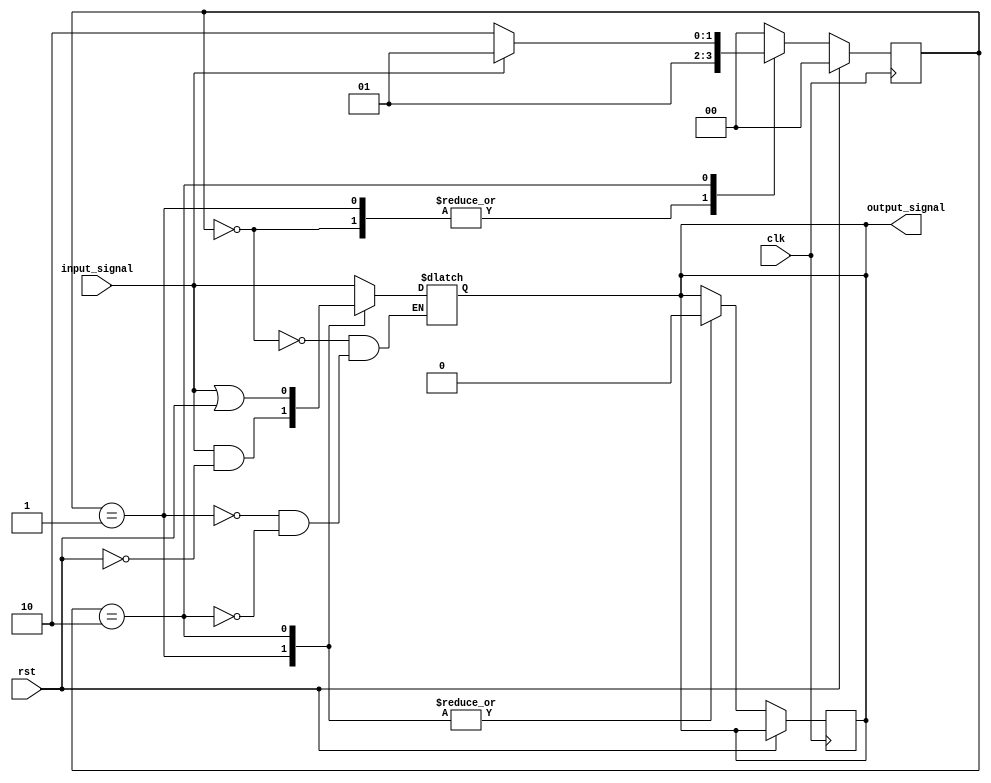
module MealyStateMachine (
  input clk,
  input rst,
  input input_signal,
  output reg output_signal
);

// Define states
parameter S0 = 2'b00;
parameter S1 = 2'b01;
parameter S2 = 2'b10;

// Define state register and next state
reg [1:0] state, next_state;

// Define output logic
always @ (state, input_signal)
begin
  case (state)
    S0: begin
      output_signal = input_signal;  // Output is determined by input signal
      next_state = S1;  // Transition to next state
    end
    S1: begin
      output_signal = input_signal & ~rst;  // Output is determined by input signal and reset
      next_state = S2;  // Transition to next state
    end
    S2: begin
      output_signal = input_signal | rst;  // Output is determined by input signal or reset
      next_state = S0;  // Transition to initial state
    end
    default: next_state = S0;  // Default to initial state
  endcase
end

// Define state transition logic with wait states (using a counter)
always @ (posedge clk)
begin
  if (rst) begin
    state <= S0;  // Reset to initial state
  end else begin
    case (state)
      S0: state <= next_state;  // Transition to next state
      S1: begin
        state <= (input_signal) ? S1 : S1;  // Wait state
        output_signal <= 1'b0;  // Reset output signal during wait state
      end
      S2: begin
        state <= (input_signal) ? S1 : S2;  // Wait state
        output_signal <= 1'b0;  // Reset output signal during wait state
      end
      default: state <= S0;  // Default to initial state
    endcase
  end
end

endmodule